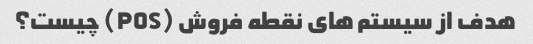
هدف از سیستم های نقطه فروش (POS) چیست؟